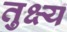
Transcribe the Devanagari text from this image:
तुक्ष्य